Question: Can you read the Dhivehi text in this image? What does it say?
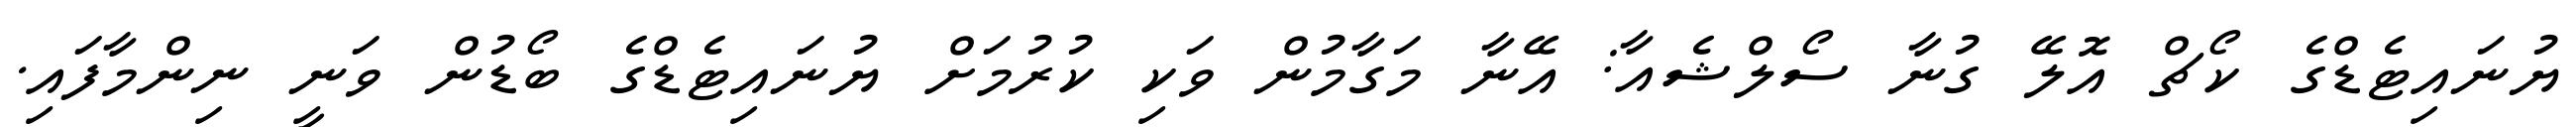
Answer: ޔުނައިޓެޑްގެ ކޯޗް އޮލޭ ގުނާ ސޯލްޝެއާ: އޭނާ މަގާމުން ވަކި ކުރުމަށް ޔުނައިޓެޑްގެ ބޯޑުން ވަނީ ނިންމާފައި.